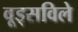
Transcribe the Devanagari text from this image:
वूड्सविले